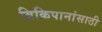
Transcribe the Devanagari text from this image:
विकिपानांसाठी